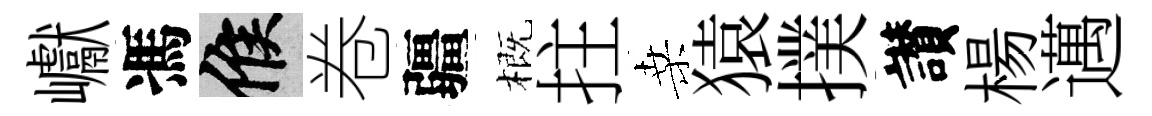
巘馮候卷疆概拄桑猿撲讃楊邁